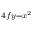
\scriptstyle 4 f y = x ^ { 2 }